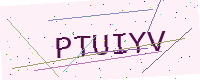
Text: PTUIYV